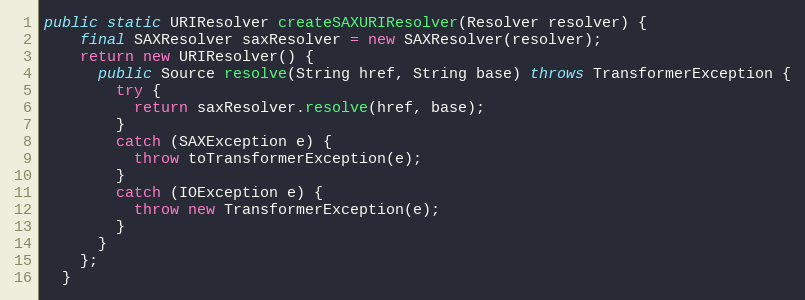
Language: Java
public static URIResolver createSAXURIResolver(Resolver resolver) {
    final SAXResolver saxResolver = new SAXResolver(resolver);
    return new URIResolver() {
      public Source resolve(String href, String base) throws TransformerException {
        try {
          return saxResolver.resolve(href, base);
        }
        catch (SAXException e) {
          throw toTransformerException(e);
        }
        catch (IOException e) {
          throw new TransformerException(e);
        }
      }
    };
  }